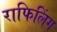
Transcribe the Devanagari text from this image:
राफिलिंग